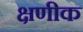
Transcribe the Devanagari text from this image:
क्षणीक